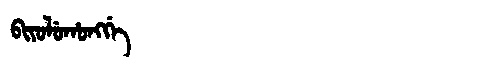
Manchu: ᠪᡳᠶᠣᠯᡠᡥᠣᠩᡤᡝ
Romanization: BIYOLUHONGGE